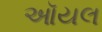
ઑયલ